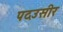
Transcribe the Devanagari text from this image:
पदउसीर